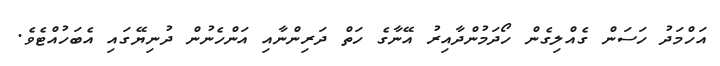
އަހްމަދު ހަސަން ގެއްލިގެން ހޯދަމުންދާއިރު އޭނާގެ ހަތް ދަރިންނާއި އަންހެނުން ދުނިޔޭގައި އެބަހުއްޓެވެ.